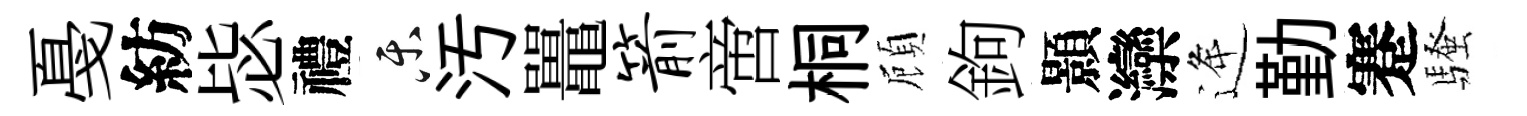
戞紡毖禮乐汚鼉箭啻桐頋鉤顥灤逄勤蹇騷